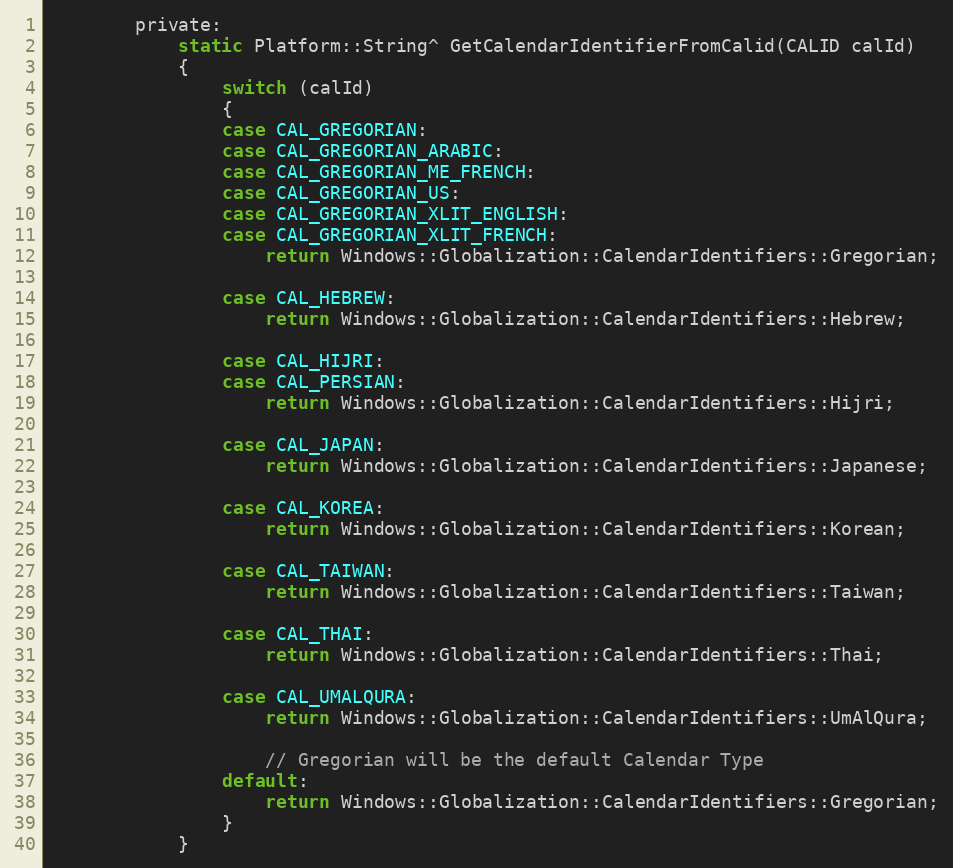
Language: C
        private:
            static Platform::String^ GetCalendarIdentifierFromCalid(CALID calId)
            {
                switch (calId)
                {
                case CAL_GREGORIAN:
                case CAL_GREGORIAN_ARABIC:
                case CAL_GREGORIAN_ME_FRENCH:
                case CAL_GREGORIAN_US:
                case CAL_GREGORIAN_XLIT_ENGLISH:
                case CAL_GREGORIAN_XLIT_FRENCH:
                    return Windows::Globalization::CalendarIdentifiers::Gregorian;

                case CAL_HEBREW:
                    return Windows::Globalization::CalendarIdentifiers::Hebrew;

                case CAL_HIJRI:
                case CAL_PERSIAN:
                    return Windows::Globalization::CalendarIdentifiers::Hijri;

                case CAL_JAPAN:
                    return Windows::Globalization::CalendarIdentifiers::Japanese;

                case CAL_KOREA:
                    return Windows::Globalization::CalendarIdentifiers::Korean;

                case CAL_TAIWAN:
                    return Windows::Globalization::CalendarIdentifiers::Taiwan;

                case CAL_THAI:
                    return Windows::Globalization::CalendarIdentifiers::Thai;

                case CAL_UMALQURA:
                    return Windows::Globalization::CalendarIdentifiers::UmAlQura;

                    // Gregorian will be the default Calendar Type
                default:
                    return Windows::Globalization::CalendarIdentifiers::Gregorian;
                }
            }